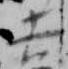
吉